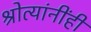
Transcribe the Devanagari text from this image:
श्रोत्यांनींही